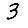
Digit: 3